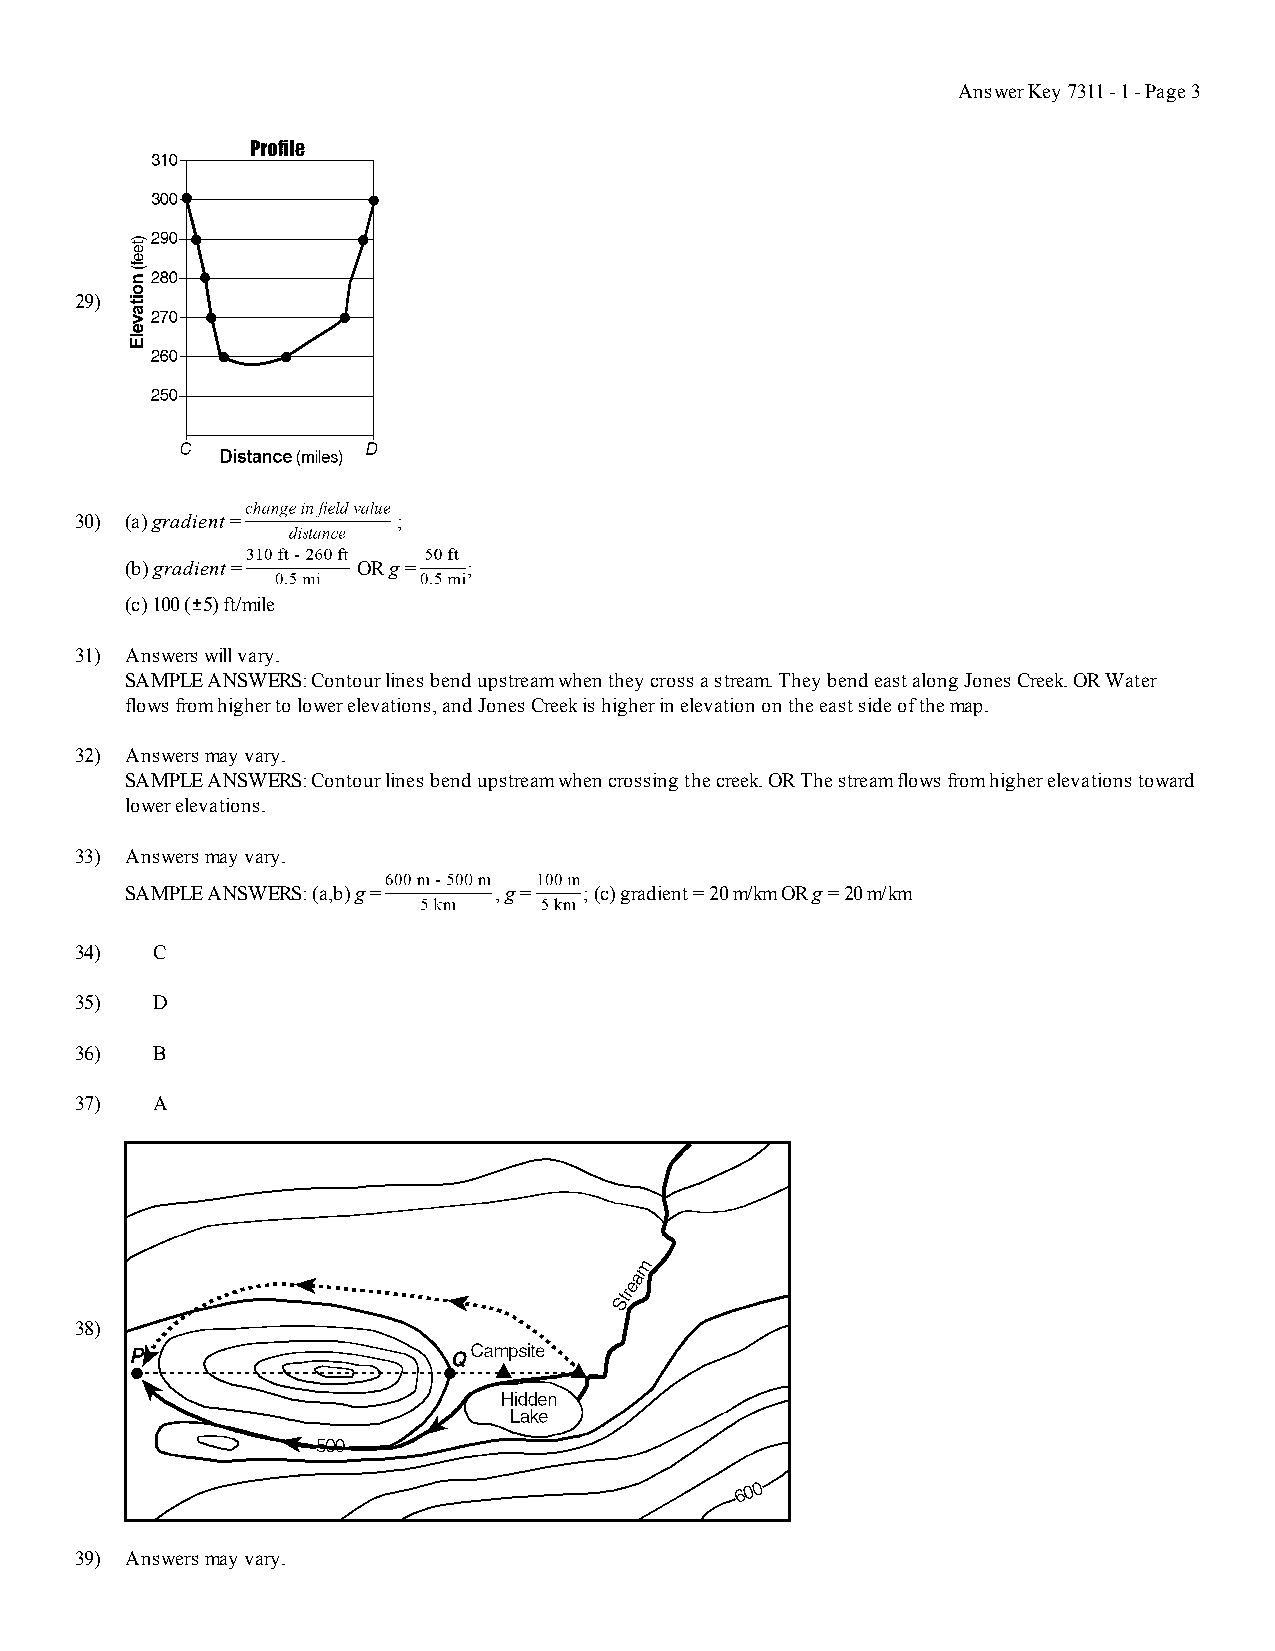
Answer Key 7311 - 1 - Page 3
 29)
 30) (a) gradient =   ;
 (b) gradient =  OR g = ;
 (c) 100 (+5) ft/mile
 31) Answers will vary.
 SAMPLE ANSWERS: Contour lines bend upstream when they cross a stream. They bend east along Jones Creek. OR Water
 flows from higher to lower elevations, and Jones Creek is higher in elevation on the east side of the map.
 32) Answers may vary.
 SAMPLE ANSWERS: Contour lines bend upstream when crossing the creek. OR The stream flows from higher elevations toward
 lower elevations.
 33) Answers may vary.
 SAMPLE ANSWERS: (a,b) g = , g = ; (c) gradient = 20 m/km OR g = 20 m/km
 34)  C
 35)  D
 36)  B
 37)  A
 38)
 39) Answers may vary.